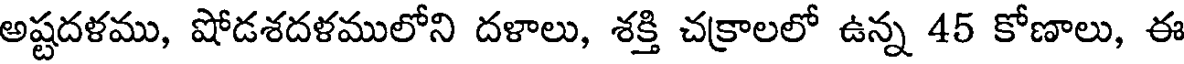
అష్టదళము, షోడశదళములోని దళాలు, శక్తి చక్రాలలో ఉన్న 45 కోణాలు, ఈ